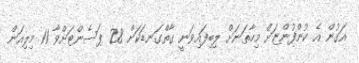
އަގުން އެ ކުންފުންޏަށް މިހާތަނަށް ލިބިފައިވަނީ ގާތްގަނޑަކަށް 28 ޕަސެންޓަށްވާ 11 މިލިއަން